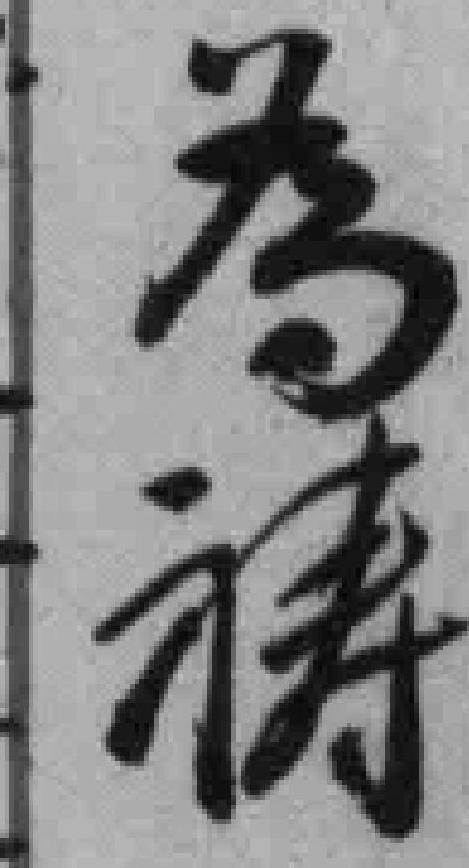
為祷